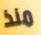
منذ